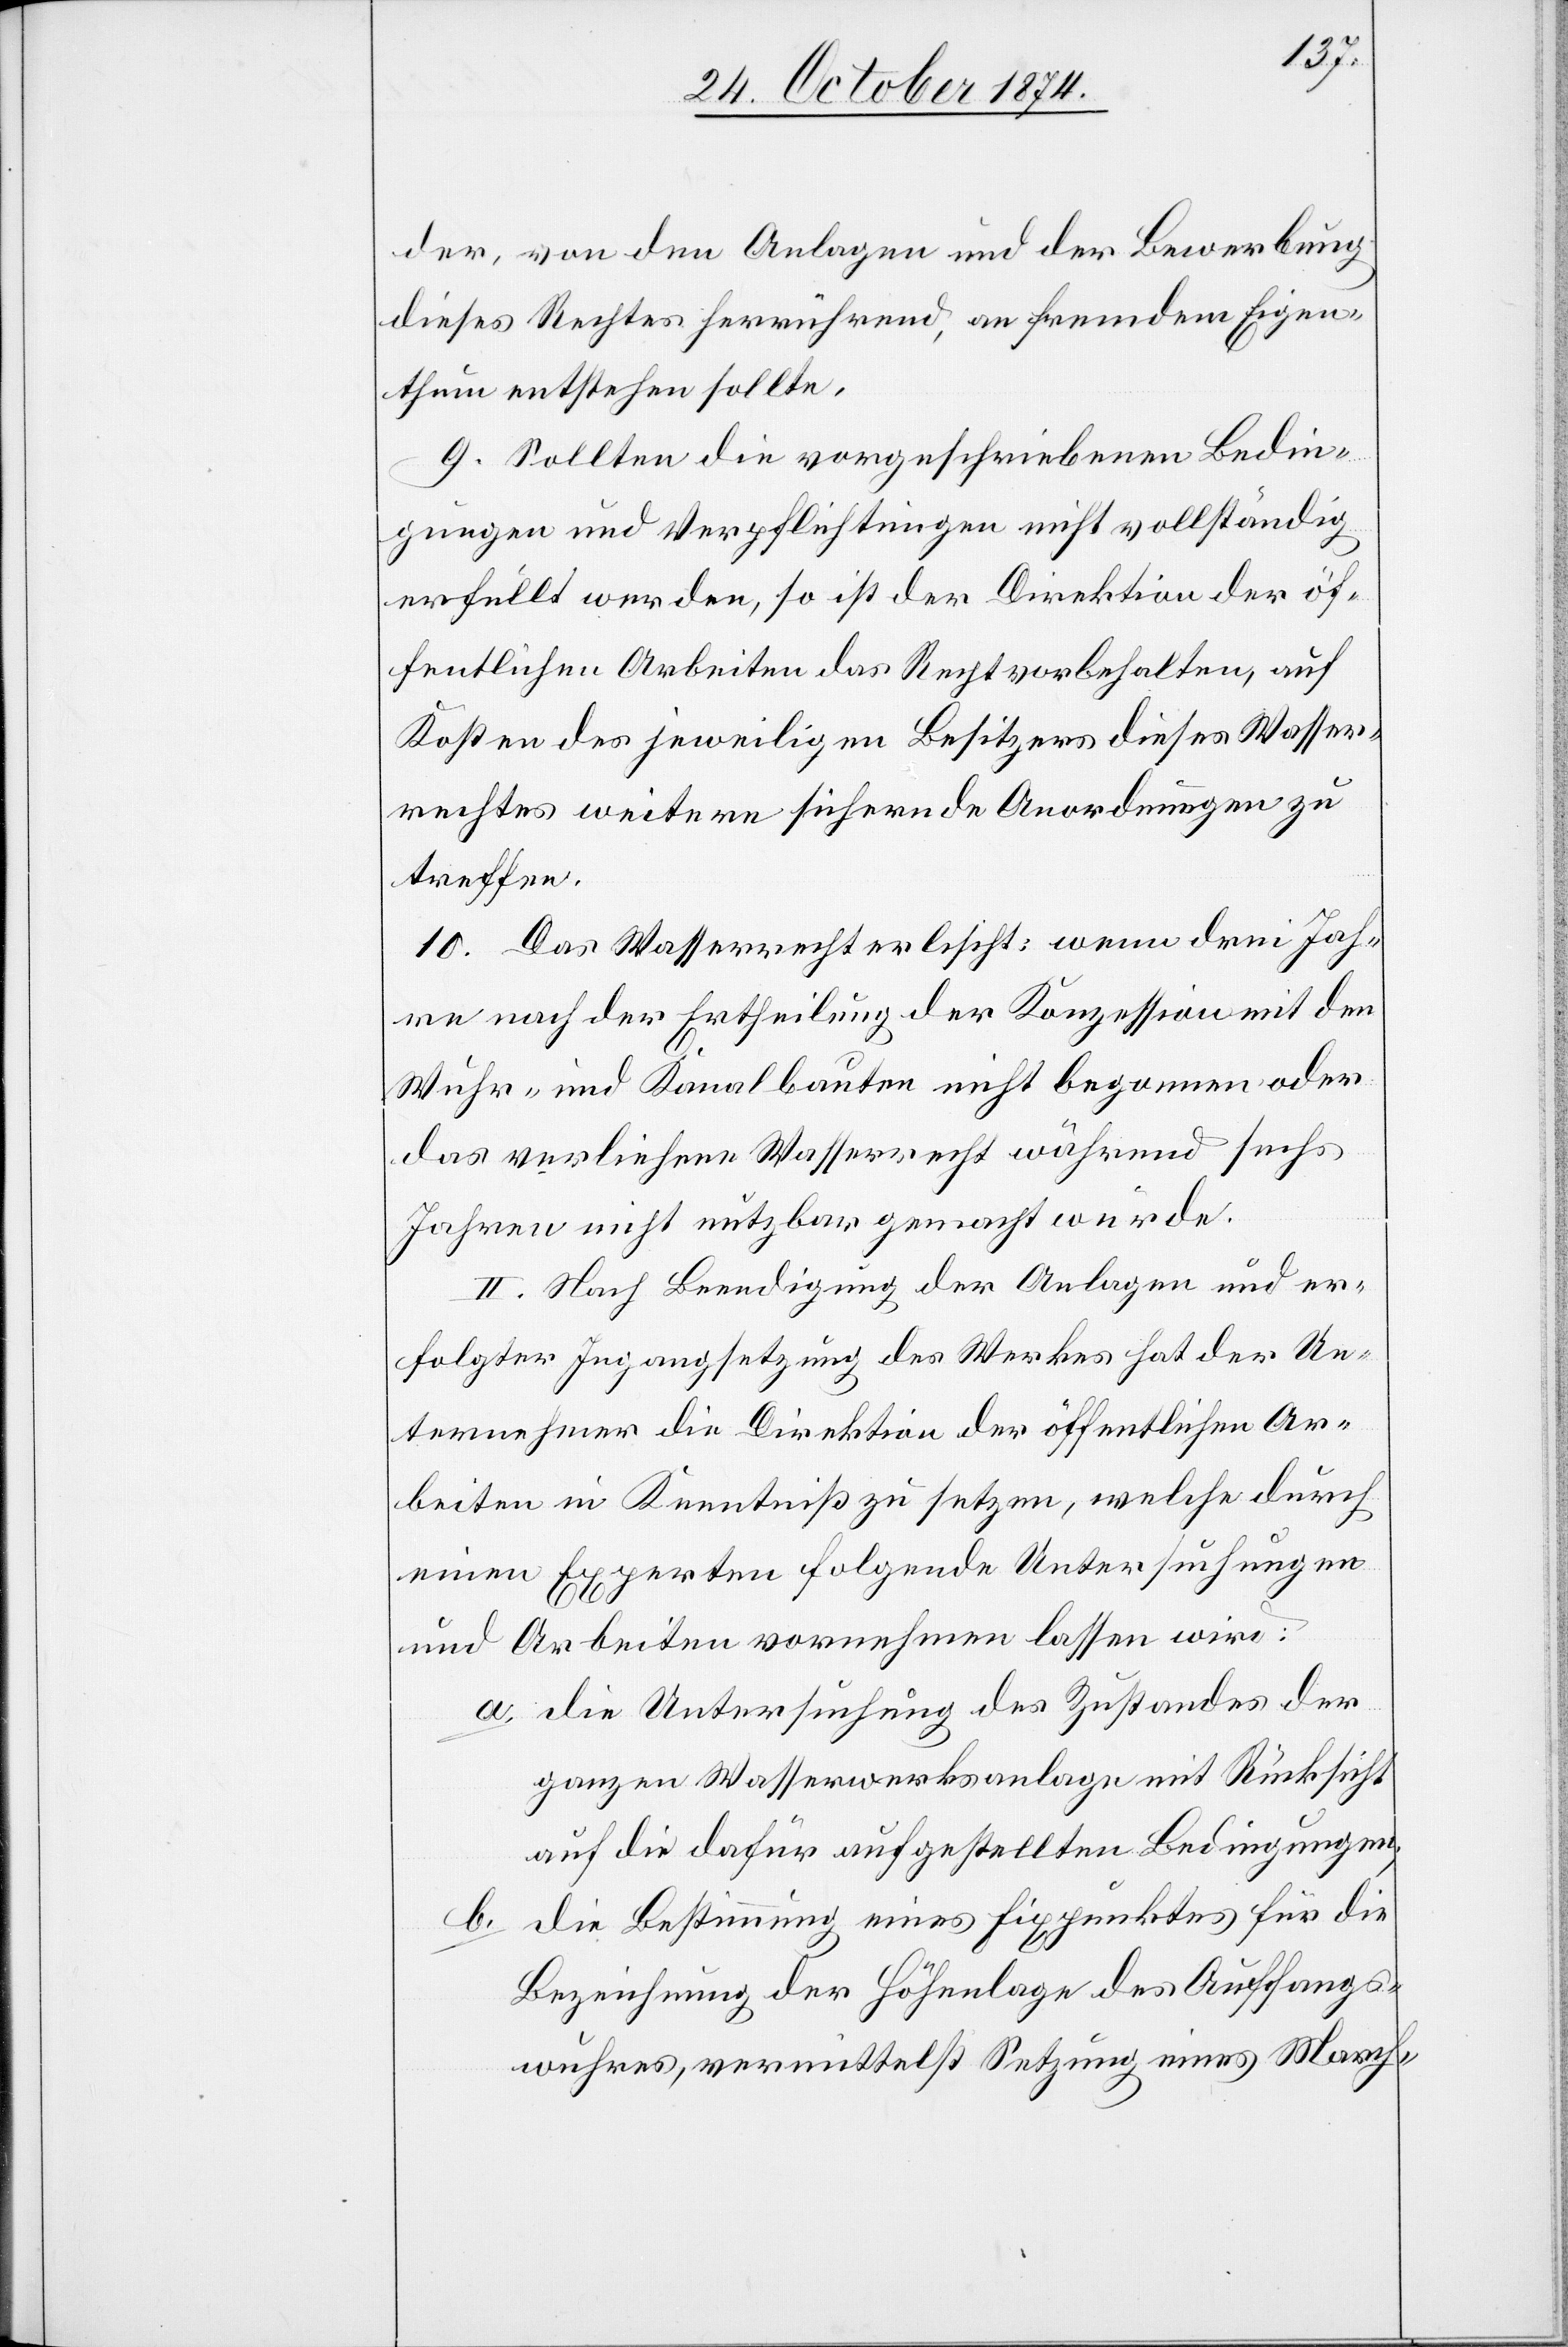
der, von den Anlagen und der Bewerbung
dieses Rechtes herrührend, an fremdem Eigen¬
thum entstehen sollte.
9. Sollten die vorgeschriebenen Bedin¬
gungen und Verpflichtungen nicht vollständig
erfüllt werden, so ist der Direktion der öf¬
fentlichen Arbeiten das Recht vorbehalten, auf
Kosten des jeweiligen Besitzers dieses Wasser¬
rechtes weitere sichernde Anordnungen zu
treffen.
10. Das Wasserrecht erlischt: wenn drei Jah¬
r nach der Ertheilung der Konzession mit den
Wuhr- und Kanalbauten nicht begonnen oder
das verliehene Wasserrecht während sechs
Jahren nicht nutzbar gemacht wurde.
II. Nach Beendigung der Anlagen und er¬
folgter Ingangsetzung des Werkes hat der Un¬
ternehmer die Direktion der öffentlichen Ar¬
beiten in Kenntniß zu setzen, welche durch
einen Experten folgende Untersuchungen
und Arbeiten vornehmen lassen wird:
a. die Untersuchung des Zustandes der
ganzen Wasserwerksanlage mit Rücksicht
auf die dafür aufgestellten Bedingungen;
die Bestimmung eines Fixpunktes für die
b.
Bezeichnung der Höhenlage des Auffangs¬
wuhres, vermittelst Setzung eines March-